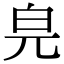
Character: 𤽅